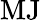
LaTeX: \mathrm{MJ}